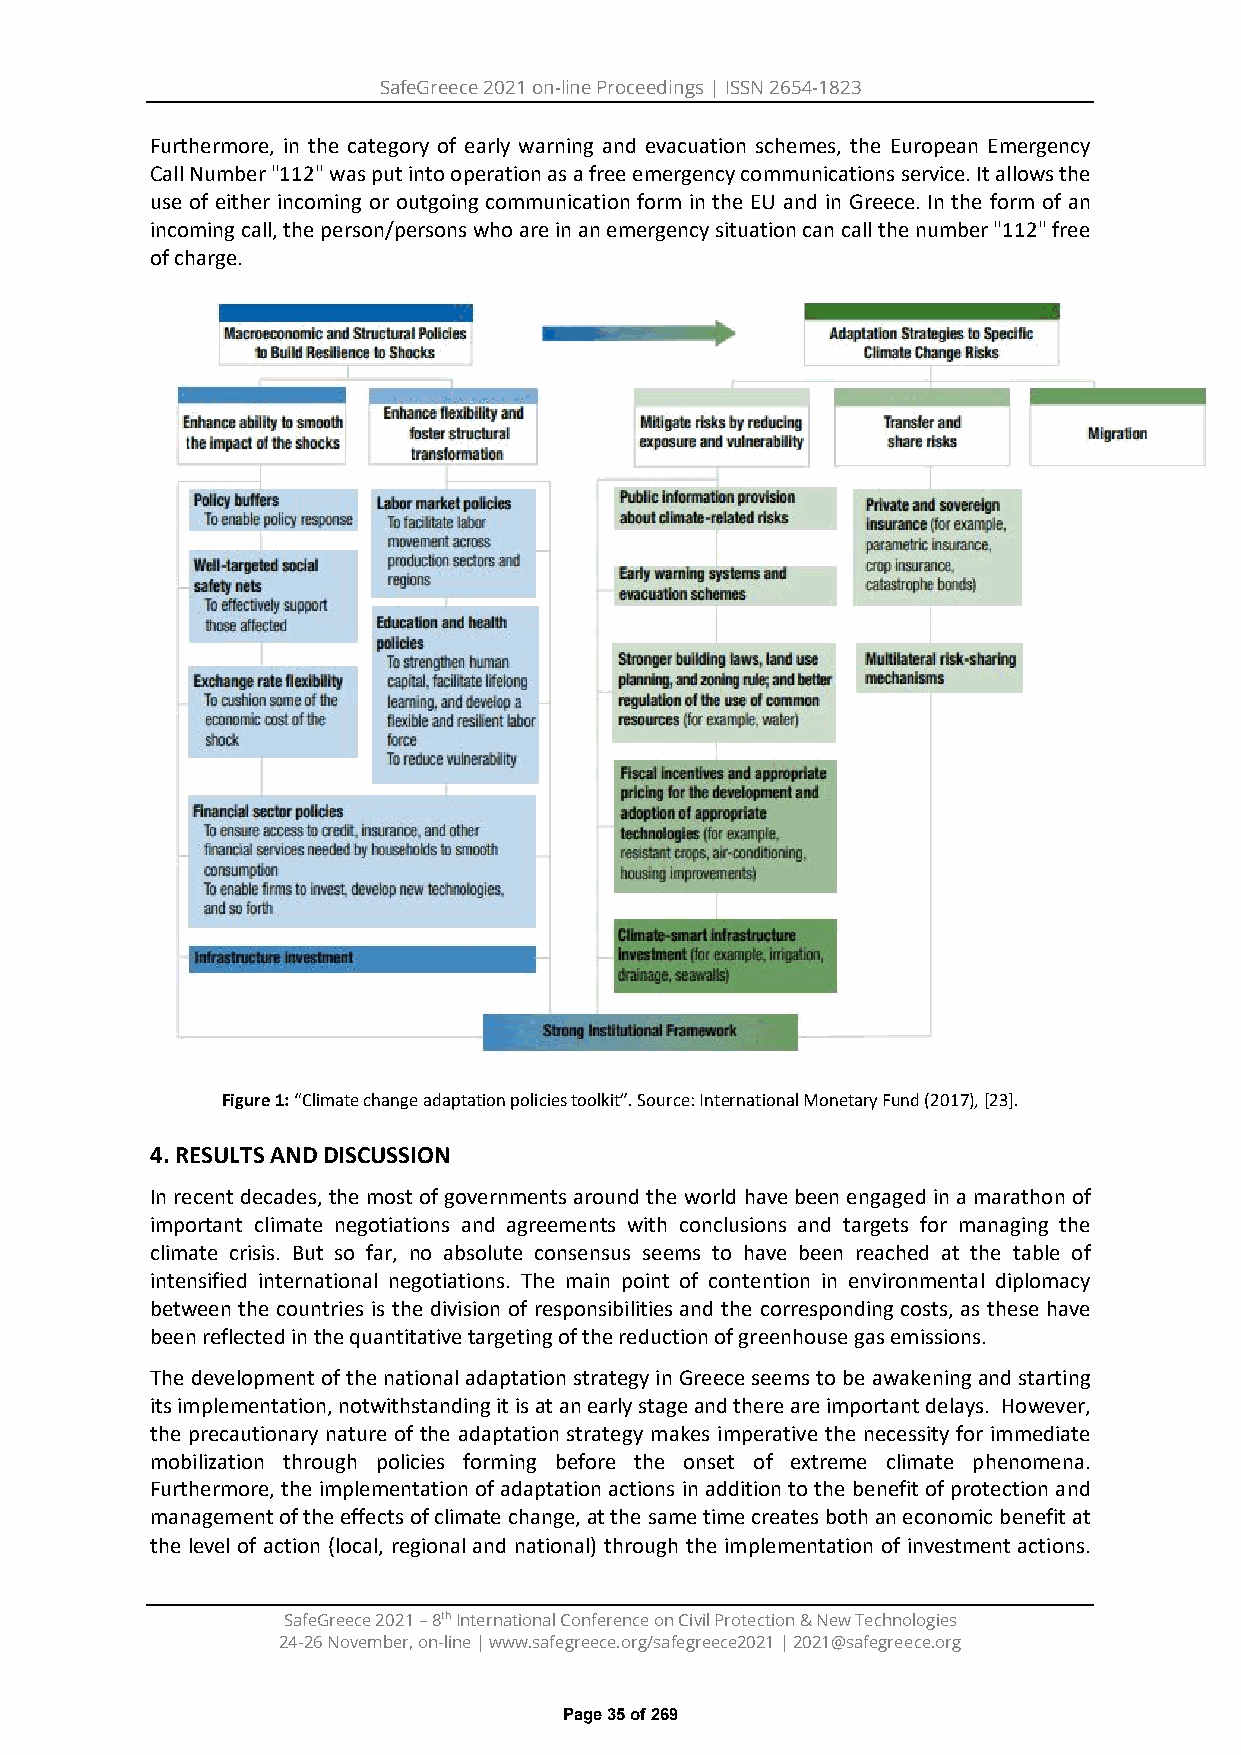
SafeGreece 2021 on-line Proceedings | ISSN 2654-1823
 Furthermore, in the category of early warning and evacuation schemes, the European Emergency
 Call Number "112" was put into operation as a free emergency communications service. It allows the
 use of either incoming or outgoing communication form in the EU and in Greece. In the form of an
 incoming call, the person/persons who are in an emergency situation can call the number "112" free
 of charge.
 Figure 1: “Climate change adaptation policies toolkit”. Source: International Monetary Fund (2017), [23].
 4.RESULTS AND DISCUSSION
 In recent decades, the most of governments around the world have been engaged in a marathon of
 important climate negotiations and agreements with conclusions and targets for managing the
 climate crisis. But so far, no absolute consensus seems to have been reached at the table of
 intensified international negotiations. The main point of contention in environmental diplomacy
 between the countries is the division of responsibilities and the corresponding costs, as these have
 been reflected in the quantitative targeting of the reduction of greenhouse gas emissions.
 The development of the national adaptation strategy in Greece seems to be awakening and starting
 its implementation, notwithstanding it is at an early stage and there are important delays. However,
 the precautionary nature of the adaptation strategy makes imperative the necessity for immediate
 mobilization through policies forming before the onset of extreme climate phenomena.
 Furthermore, the implementation of adaptation actions in addition to the benefit of protection and
 management of the effects of climate change, at the same time creates both an economic benefit at
 the level of action (local, regional and national) through the implementation of investment actions.
 SafeGreece 2021 – 8th International Conference on Civil Protection & New Technologies
 24-26 November, on-line | www.safegreece.org/safegreece2021 | 2021@safegreece.org
 Page 35 of 269